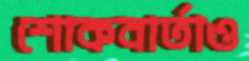
শোকবার্তাও